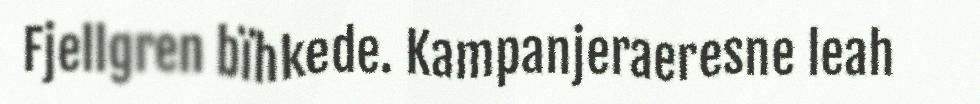
Fjellgren bïhkede. Kampanjeraeresne leah